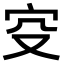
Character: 𡧔